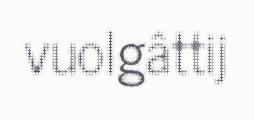
vuolgâttij